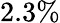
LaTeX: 2.3\%